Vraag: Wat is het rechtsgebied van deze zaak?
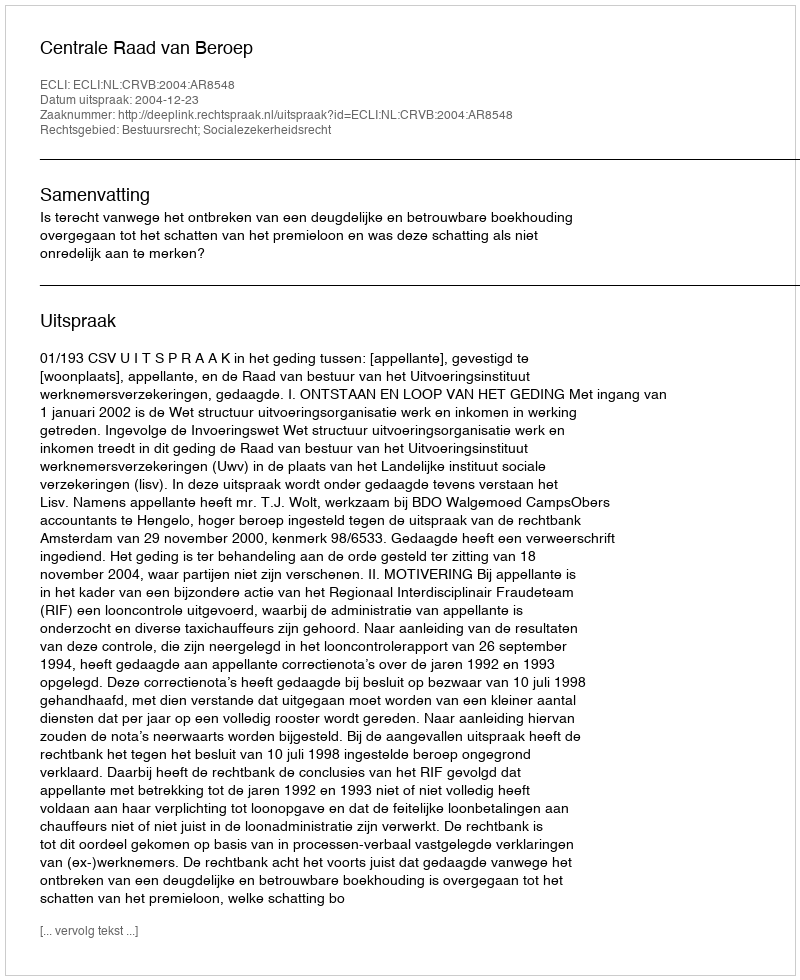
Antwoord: Bestuursrecht; Socialezekerheidsrecht